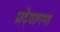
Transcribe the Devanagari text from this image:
प्रदेयागमा